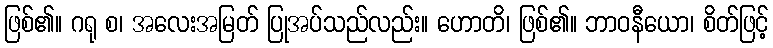
ဖြစ်၏။ ဂရု စ၊ အလေးအမြတ် ပြုအပ်သည်လည်း။ ဟောတိ၊ ဖြစ်၏။ ဘာဝနီယော၊ စိတ်ဖြင့်